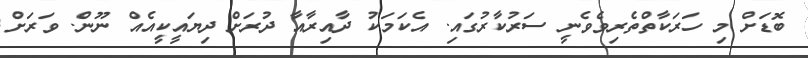
ބޮޑަށް މި ހަރަކާތްތެރިވެވެނީ ސަރުކާރުގައި. އެކަމަކު ދާއިރާއާ ދުރަށް ދިޔައީކީއެއް ނޫން. ވަރަށް